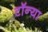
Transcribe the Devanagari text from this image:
टॉन्या